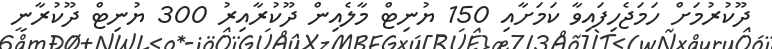
ދޫކުރުމަށް ހަމަޖެހިފައިވާ ކަމަށާއި 150 ޔުނިޓް މާލެއިން ދޫކުރާއިރު 300 ޔުނިޓް ދޫކުރާނީ